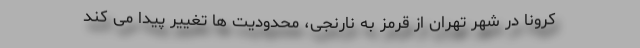
کرونا در شهر تهران از قرمز به نارنجی، محدودیت ها تغییر پیدا می کند